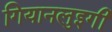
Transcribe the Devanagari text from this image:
गियानलुइगी